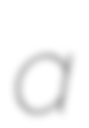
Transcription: a